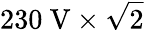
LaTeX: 230{\mathrm{~V}}\times{\sqrt{2}}